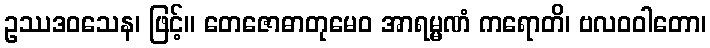
ဥဿဒဝသေန၊ ဖြင့်။ တေဇောဓာတုမေဝ အာရမ္မဏံ ကရောတိ၊ ဗလဝဝါတော၊